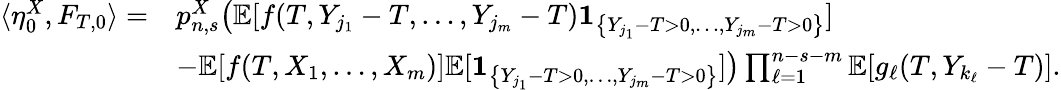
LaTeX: \begin{array}{rl}{\langle\eta_{0}^{X},F_{T,0}\rangle=}&{p_{n,s}^{X}\big(\mathbb{E}[f(T,Y_{j_{1}}-T,\dots,Y_{j_{m}}-T)\mathbf{1}_{\left\{ Y_{j_{1}}-T>0,\dots,Y_{j_{m}}-T>0\right\} }]}\\ &{-\mathbb{E}[f(T,X_{1},\dots,X_{m})]\mathbb{E}[\mathbf{1}_{\left\{ Y_{j_{1}}-T>0,\dots,Y_{j_{m}}-T>0\right\} }]\big)\prod_{\ell=1}^{n-s-m}\mathbb{E}[g_{\ell}(T,Y_{k_{\ell}}-T)].}\end{array}